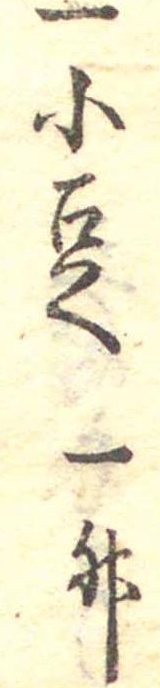
一小豆一升